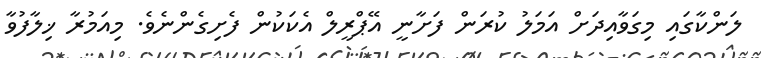
ލަންކާގައި މިގަވާއިދަށް އަމަލު ކުރަން ފަށާނީ އޭޕްރީލް އެކަކުން ފެށިގެންނެވެ. މިއަމުރާ ޚިލާފުވާ